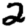
Digit: 2